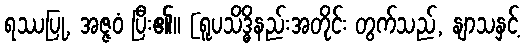
ရဿပြု, အဇ္ဇဝံ ပြီး၏။ [ရူပသိဒ္ဓိနည်းအတိုင်း တွက်သည်, နျာသနှင့်